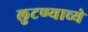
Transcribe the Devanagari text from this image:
लुटण्याच्ये